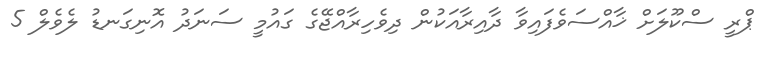
ޕްރީ ސްކޫލަށް ޚާއްސަވެފައިވާ ދާއިރާއަކުން ދިވެހިރާއްޖޭގެ ގައުމީ ސަނަދު އޮނިގަނޑު ލެވެލް 5